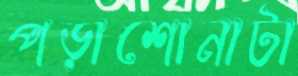
পড়াশোনাটা